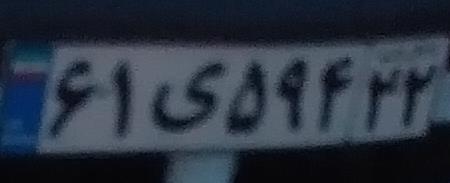
۶۱ی۵۹۴۲۲